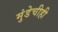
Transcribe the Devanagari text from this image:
मुंडेचीही